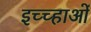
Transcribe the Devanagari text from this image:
इच्च्हाओं